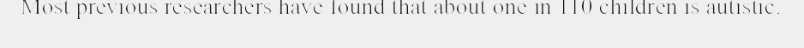
Most previous researchers have found that about one in 110 children is autistic.